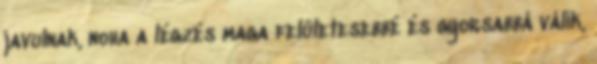
javulnak, noha a légzés maga felületesebbé és gyorsabbá válik,